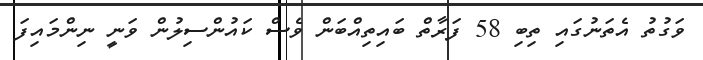
ވަގުތު އެތަނުގައި ތިބި 58 ފަރާތް ބައިތިއްބަން ވެސް ކައުންސިލުން ވަނީ ނިންމައިފަ